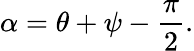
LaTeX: \alpha=\theta+\psi-{\frac{\pi}{2}}.